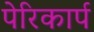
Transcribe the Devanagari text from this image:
पेरिकार्प